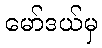
မော်ဒယ်မှ